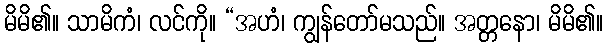
မိမိ၏။ သာမိကံ၊ လင်ကို။ “အဟံ၊ ကျွန်တော်မသည်။ အတ္တနော၊ မိမိ၏။